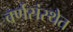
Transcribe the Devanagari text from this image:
वर्णसंस्थेत